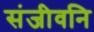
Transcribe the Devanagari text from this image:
संजीवनि